Scientific memoirs by medical officers of the Army of India - Part X,
Year: 1897
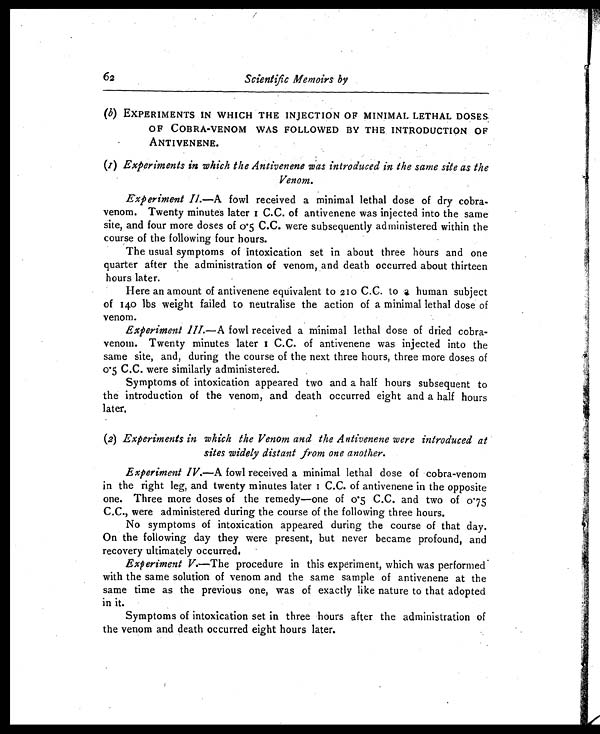
62 Scientific Memoirs by
(b ) EXPERIMENTS IN WHICH THE INJECTION OF MINIMAL LETHAL DOSES
OF COBRA-VENOM WAS FOLLOWED BY THE INTRODUCTION OF
ANTIVENENE.
(1) Experiments in which the Antivenene was introduced in the same site as the
Venom.
Experiment II. —A fowl received a minimal lethal dose of dry cobra-
venom. Twenty minutes later 1 C.C. of antivenene was injected into the same
site, and four more doses of 0.5 C.C. were subsequently administered within the
course of the following four hours.
The usual symptoms of intoxication set in about three hours and one
quarter after the administration of venom, and death occurred about thirteen
hours later.
Here an amount of antivenene equivalent to 210 C.C. to a human subject
of 140 lbs weight failed to neutralise the action of a minimal lethal dose of
venom.
Experiment III. —A fowl received a minimal lethal dose of dried cobra-
venom. Twenty minutes later 1 C.C. of antivenene was injected into the
same site, and, during the course of the next three hours, three more doses of
0.5 C.C. were similarly administered.
Symptoms of intoxication appeared two and a half hours subsequent to
the introduction of the venom, and death occurred eight and a half hours
later.
(2) Experiments in which the Venom and the Antivenene were introduced at
sites widely distant from one another.
Experiment IV.—A fowl received a minimal lethal dose of cobra-venom
in the right leg, and twenty minutes later 1 C.C. of antivenene in the opposite
one. Three more doses of the remedy—one of 0.5 C.C. and two of 0.75
C.C., were administered during the course of the following three hours.
No symptoms of intoxication appeared during the course of that day.
On the following day they were present, but never became profound, and
recovery ultimately occurred.
Experiment V.—The procedure in this experiment, which was performed
with the same solution of venom and the same sample of antivenene at the
same time as the previous one, was of exactly like nature to that adopted
in it.
Symptoms of intoxication set in three hours after the administration of
the venom and death occurred eight hours later.